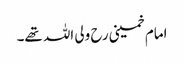
امام خمینی رح ولی اللہ تھے۔